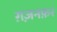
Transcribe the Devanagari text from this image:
ग़ज़नफ़र